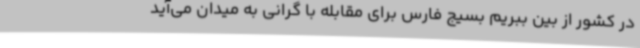
در کشور از بین ببریم بسیج فارس برای مقابله با گرانی به میدان می‌آید